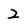
Character: 2